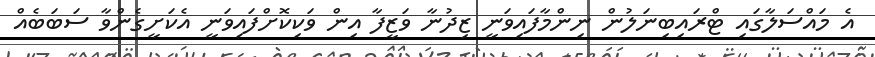
އެ މައްސަލާގައި ޓްރައިބިނަލުން ނިންމާފައިވަނީ ޒިދުނާ ވަޒީފާ އިން ވަކިކޮށްފައިވަނީ އެކަށީގެންވާ ސަބަބެއް